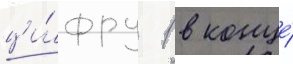
ци́фру 1 в конце́